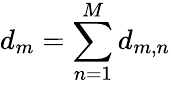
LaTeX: d_{m}=\sum_{n=1}^{M}d_{m,n}